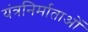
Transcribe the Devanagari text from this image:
यंत्रनिर्माताओं